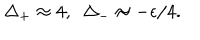
~ \Delta _ { + } \approx 4 , ~ ~ \Delta _ { - } \approx - \epsilon / 4 .